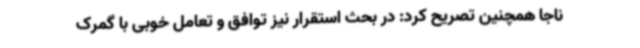
ناجا همچنین تصریح کرد: در بحث استقرار نیز توافق و تعامل خوبی با گمرک